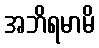
အဘိရမာမိ